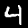
Label: 4